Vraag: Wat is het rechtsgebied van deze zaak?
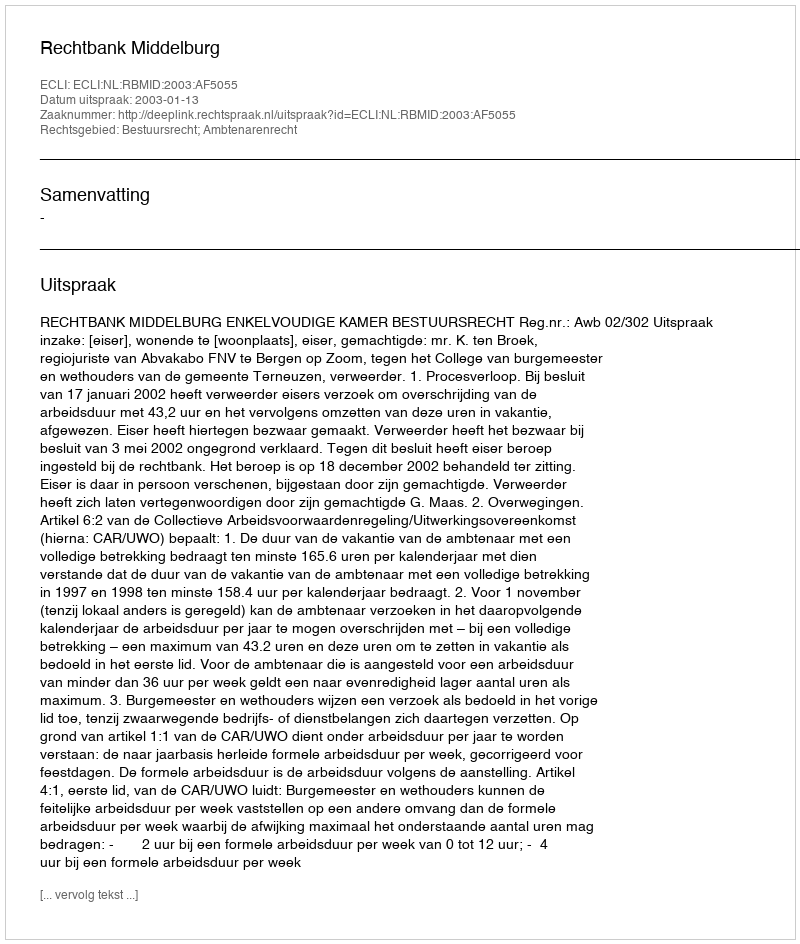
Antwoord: Bestuursrecht; Ambtenarenrecht